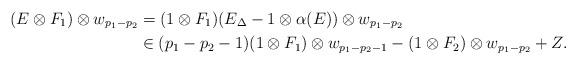
LaTeX: \begin{align*}(E \otimes F_1) \otimes w_{p_1 - p_2} & = (1 \otimes F_1)(E_{\Delta} - 1 \otimes \alpha(E)) \otimes w_{p_1 - p_2} \\& \in (p_1 - p_2 - 1)(1 \otimes F_1) \otimes w_{p_1 - p_2 - 1} - (1 \otimes F_2) \otimes w_{p_1 - p_2} + Z.\end{align*}